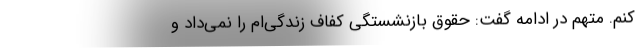
کنم. متهم در ادامه گفت: حقوق بازنشستگی کفاف زندگی‌ام را نمی‌داد و